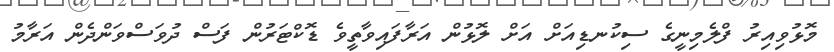
މޮޅުވިއިރު ފްލެމިނީގެ ސިކުނޑިއަށް އަށް ލޮޅުން އަރާފައިވާތީވެ ޑޮކްޓަރުން ފަސް ދުވަސްވަންދެން އަރާމު